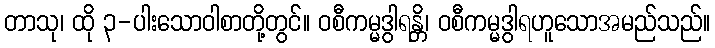
တာသု၊ ထို ၃-ပါးသောဝါစာတို့တွင်။ ဝစီကမ္မဒွါရန္တိ၊ ဝစီကမ္မဒွါရဟူသောအမည်သည်။